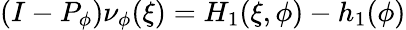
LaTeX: (I-P_{\phi})\nu_{\phi}(\xi)=H_{1}(\xi,\phi)-h_{1}(\phi)